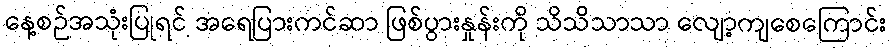
နေ့စဉ်အသုံးပြုရင် အရေပြားကင်ဆာ ဖြစ်ပွားနှုန်းကို သိသိသာသာ လျော့ကျစေကြောင်း